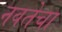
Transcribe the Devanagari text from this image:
नवतेचा